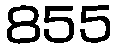
855